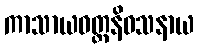
ကာသာယဝတ္ထနိဝသနာယ